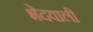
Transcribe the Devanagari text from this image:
भेदवाली